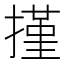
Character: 㨷